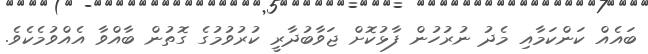
ބައެއް ކަންކަމާއި މެދު ނުރުހުން ފާޅުކޮށް ޖަވާބުދާރީ ކުރުވުމުގެ ގޮތުން ބާއްވާ އެއްވުމެކެވެ.